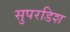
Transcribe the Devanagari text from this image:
सुपरडिश